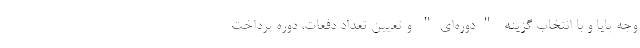
وجه پایا و با انتخاب گزینه "دوره‌ای" و تعیین تعداد دفعات، دوره پرداخت